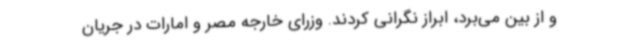
و از بین می‌برد، ابراز نگرانی کردند. وزرای خارجه مصر و امارات در جریان